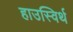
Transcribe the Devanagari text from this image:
हाउस्विर्थ